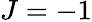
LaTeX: J=-1